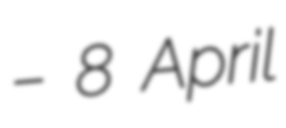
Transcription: – 8 April